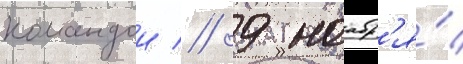
командои // 9 ноабр'я́